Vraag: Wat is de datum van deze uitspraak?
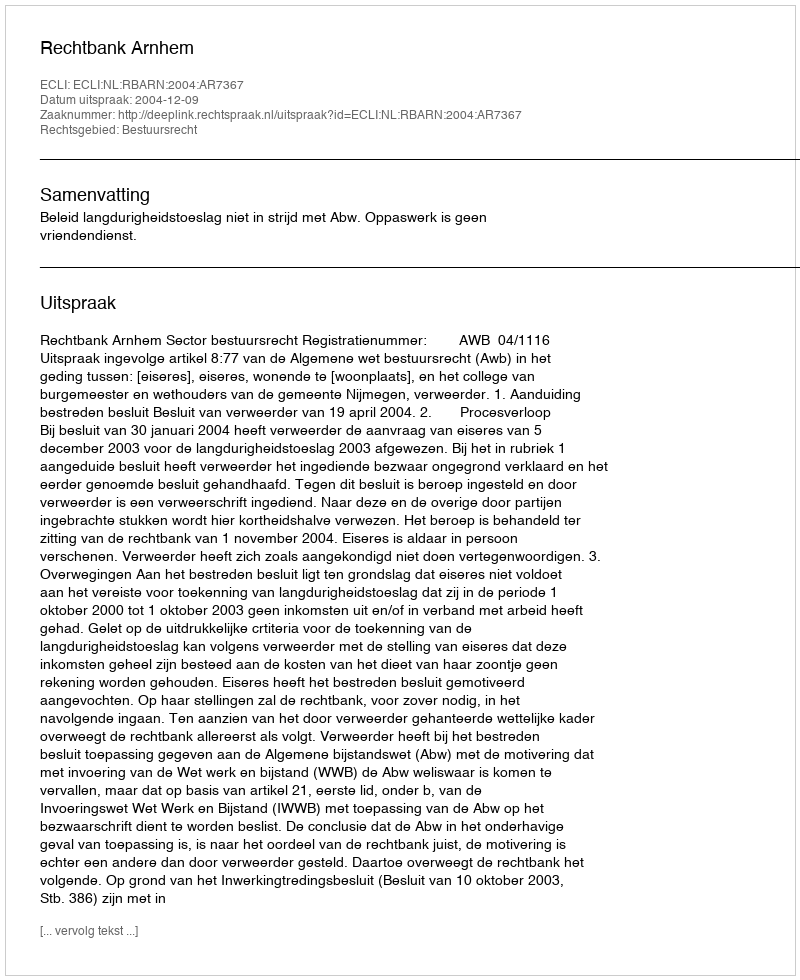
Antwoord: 2004-12-09